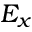
E _ { x }